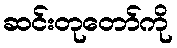
ဆင်းတုတော်ကို